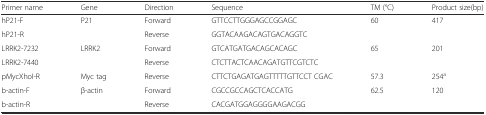
<table><thead><tr><td><b>Primer name</b></td><td><b>Gene</b></td><td><b>Direction</b></td><td><b>Sequence</b></td><td><b>TM (°C)</b></td><td><b>Product size(bp)</b></td></tr></thead><tbody><tr><td>hP21-F</td><td rowspan="2">P21</td><td>Forward</td><td>GTTCCTTGGGAGCCGGAGC</td><td rowspan="2">60</td><td rowspan="2">417</td></tr><tr><td>hP21-R</td><td>Reverse</td><td>GGTACAAGACAGTGACAGGTC</td></tr><tr><td>LRRK2-7232</td><td rowspan="2">LRRK2</td><td>Forward</td><td>GTCATGATGACAGCACAGC</td><td rowspan="2">65</td><td>201</td></tr><tr><td>LRRK2-7440</td><td>Reverse</td><td>CTCTTACTCAACAGATGTTCGTCTC</td><td></td></tr><tr><td>pMycXhoI-R</td><td>Myc tag</td><td>Reverse</td><td>CTTCTGAGATGAGTTTTTGTTCCT CGAC</td><td>57.3</td><td>254<sup>a</sup></td></tr><tr><td>b-actin-F</td><td rowspan="2">β-actin</td><td>Forward</td><td>CGCCGCCAGCTCACCATG</td><td rowspan="2">62.5</td><td rowspan="2">120</td></tr><tr><td>b-actin-R</td><td>Reverse</td><td>CACGATGGAGGGGAAGACGG</td></tr></tbody></table>